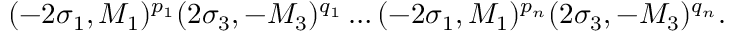
( - 2 \sigma _ { 1 } , M _ { 1 } ) ^ { p _ { 1 } } ( 2 \sigma _ { 3 } , - M _ { 3 } ) ^ { q _ { 1 } } \ldots ( - 2 \sigma _ { 1 } , M _ { 1 } ) ^ { p _ { n } } ( 2 \sigma _ { 3 } , - M _ { 3 } ) ^ { q _ { n } } .